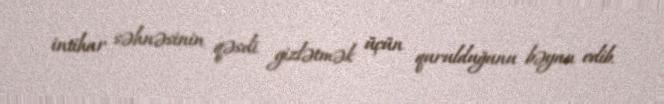
intihar səhnəsinin qəsdi gizlətmək üçün qurulduğunu bəyan edib.